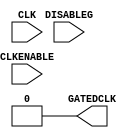
//-----------------------------------------------------------------------------
// The confidential and proprietary information contained in this file may
// only be used by a person authorised under and to the extent permitted
// by a subsisting licensing agreement from ARM Limited.
//
//            (C) COPYRIGHT 2010-2013 ARM Limited.
//                ALL RIGHTS RESERVED
//
// This entire notice must be reproduced on all copies of this file
// and copies of this file may only be made by a person if such person is
// permitted to do so under the terms of a subsisting license agreement
// from ARM Limited.
//
//      SVN Information
//
//      Checked In          : $Date: 2017-07-25 15:10:13 +0100 (Tue, 25 Jul 2017) $
//
//      Revision            : $Revision: 368444 $
//
//      Release Information : Cortex-M0 DesignStart-r2p0-00rel0
//
//-----------------------------------------------------------------------------
//-----------------------------------------------------------------------------
// Abstract : Behavioral model of clock gating cell
//-----------------------------------------------------------------------------

module cmsdk_clock_gate #(
  // ---------------------------------------------------------------------------
  // Parameters
  // ---------------------------------------------------------------------------
  parameter CLKGATE_PRESENT = 0)
 (
  // ---------------------------------------------------------------------------
  // Port Definitions
  // ---------------------------------------------------------------------------

  input  wire CLK,
  input  wire CLKENABLE,
  input  wire DISABLEG,

  output wire GATEDCLK);

  //----------------------------------------------------------------------------
  // Overview
  //----------------------------------------------------------------------------
  //
  // The mcu_clock_gate block is used to abstract the high level clock gating
  // function used for the primary clocks in the macrocell.
  //
  // A functional clock enable <CLKENABLE> is combined with
  // a scanenable/global disable signal to provide the gating term. This is
  // then latched prior to gating with the main clock CLK.
  //
  // A clock gating cell can be instantiated manually by removing the RTL
  // equivalent section and instantiating the appropriate cell.

  // ---------------------------------------------------------------------------
  // Signal Declarations
  // ---------------------------------------------------------------------------
  wire   i_clk;
  wire   clk_en;
  reg    clk_en_t2;
  wire   i_gated_clk;
  wire   mst_clk_en;
  wire   mst_disable;

  //----------------------------------------------------------------------------
  // Clock gate removal - do not alter this section
  //----------------------------------------------------------------------------
  assign GATEDCLK     = (CLKGATE_PRESENT != 0) ? i_gated_clk : 1'b0;
  assign mst_clk_en   = (CLKGATE_PRESENT != 0) ? CLKENABLE : 1'b0;
  assign mst_disable  = (CLKGATE_PRESENT != 0) ? DISABLEG  : 1'b0;
  assign i_clk        = (CLKGATE_PRESENT != 0) ? CLK       : 1'b0;

  //----------------------------------------------------------------------------
  // Beginning of main code
  //----------------------------------------------------------------------------

  //----------------------------------------------------------------------------
  // RTL equivalent - remove this section if you wish to use a real cell
  //----------------------------------------------------------------------------
  assign clk_en = mst_clk_en | mst_disable;

  always @(i_clk or clk_en)
    if (i_clk == 1'b0)
      clk_en_t2 <= clk_en;

  assign i_gated_clk = i_clk & clk_en_t2;

  //----------------------------------------------------------------------------
  // Instantiated clock gating cell - instantiate appropriate cell here if
  // replacing RTL equivalent section
  //----------------------------------------------------------------------------
  // For example:
  //  TLATNTSCAX12 ICGCell (.ECK (i_gated_clk), .E (mst_clk_en), .SE (mst_disable), .CK (iCLK));

endmodule